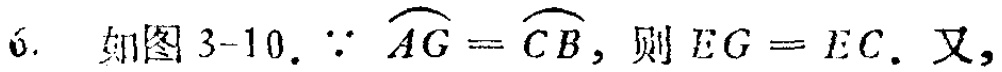
6. 如图3-10. $\because \overset{\frown}{AG}=\overset{\frown}{CB}$, 则$EG = EC$. 又,